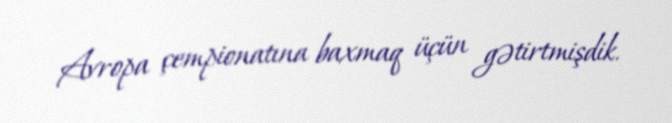
Avropa çempionatına baxmaq üçün gətirtmişdik.